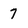
Character: 7